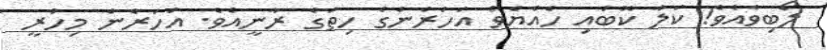
ލޯބިވާއެވެ! ކަލާ ކޮބައި ހެއްޔެވެ އަހަރެންގެ ހިތުގެ ރާނީއެވެ. އަހަރެން މިހުރީ